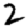
Digit: 2